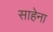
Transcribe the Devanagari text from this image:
साहेना